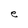
Character: e